Language: tamil
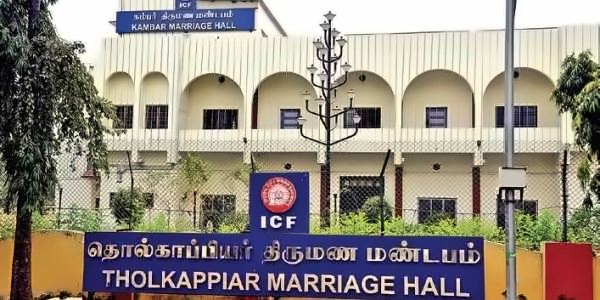
Transcription: திருமண மண்டபம் தொல்காப்பியா்